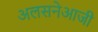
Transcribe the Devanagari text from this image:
अलसनेआजी